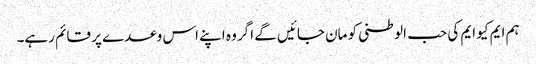
ہم ایم کیو ایم کی حب الوطنی کو مان جائیں گے اگر وہ اپنے اس وعدے پر قائم رہے۔